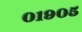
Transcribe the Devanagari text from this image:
०१९०५